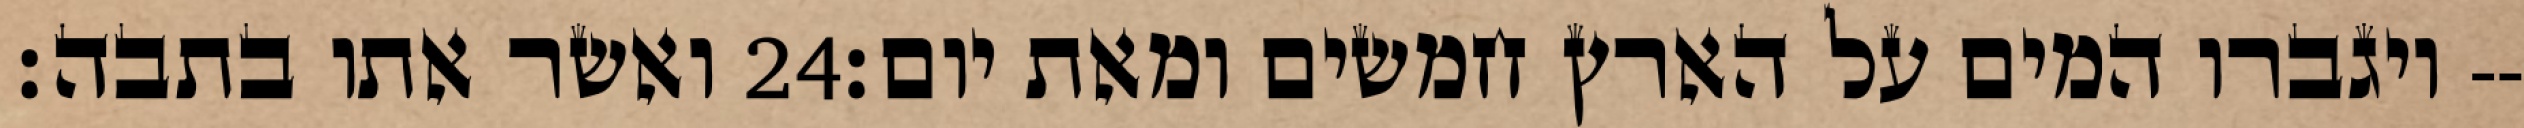
ואשר אתו בתבה׃ ‎24‏ ויגברו המים על הארץ חמשים ומאת יום׃--